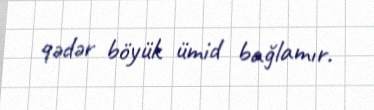
qədər böyük ümid bağlamır.